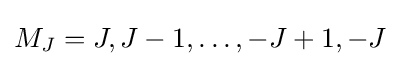
M_{J}=J,J-1,\dots ,-J+1,-J